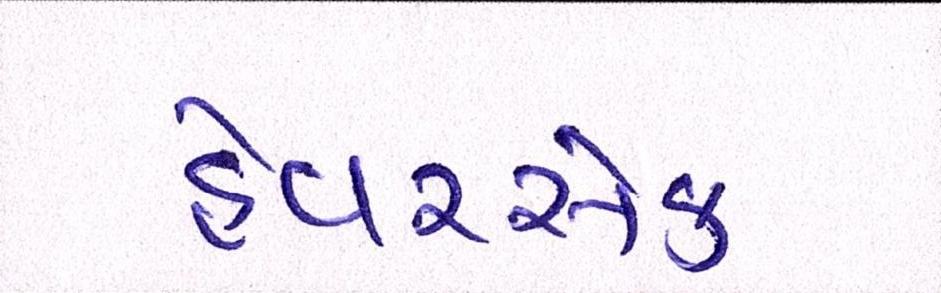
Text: હેવરસેક